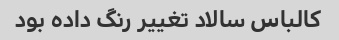
کالباس سالاد تغییر رنگ داده بود